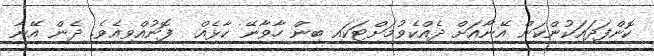
ކޮންފަދައަކުންކަން އޭނާއަށް ދެއްކެވުމަށްޓަކައި ބިން ހާވާނޭ ކާޅެއް  ފޮނުއްވިއެވެ. ދެން އޭނާ